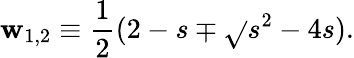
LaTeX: \mathbf{w}_{1,2}\equiv{\frac{{1}}{{2}}}(2-s\mp\sqrt{}{{s^{2}-4s}}).